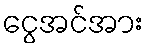
ငွေအင်အား